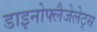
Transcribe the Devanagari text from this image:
डाइनोफ्लैजेलेट्स